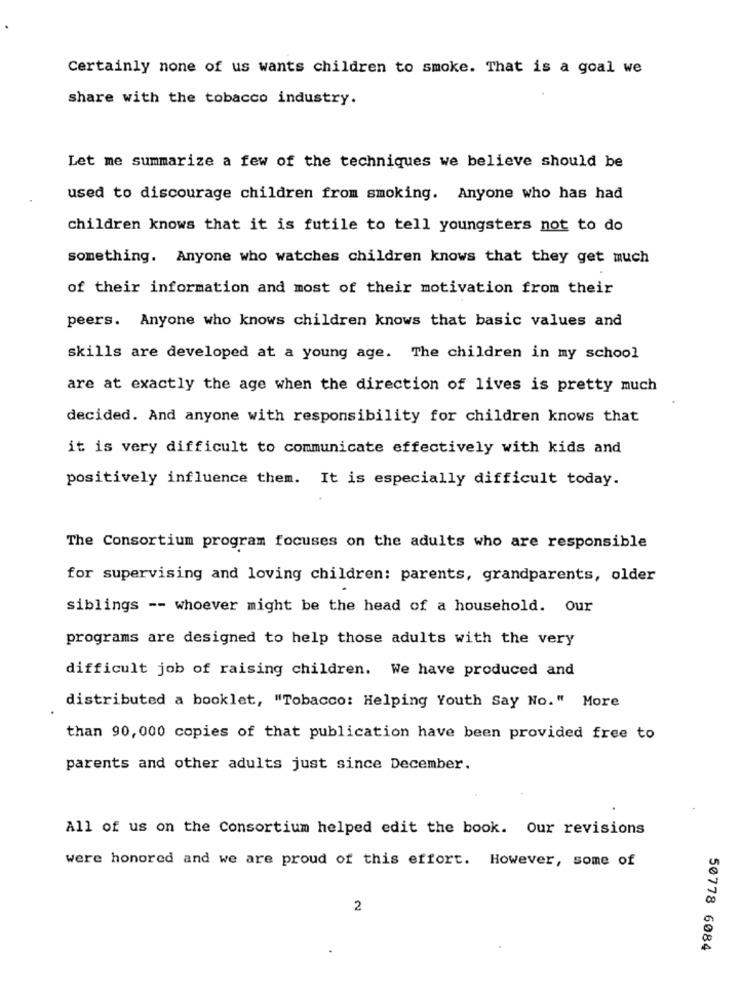
Certainly none of us wants children to smoke. That is a goal we
share with the tobacco industry.
Let me summarize a few of the techniques we believe should be
used to discourage children from smoking. Anyone who has had
children knows that it is futile to tell youngsters not to do
something. Anyone who watches children knows that they get much
of their information and most of their motivation from their
peers. Anyone who knows children knows that basic values and
skills are developed at a young age. The children in my school
are at exactly the age when the direction of lives is pretty much
decided. And anyone with responsibility for children knows that
it is very difficult to communicate effectively with kids and
positively influence them. It is especially difficult today.
The Consortium program focuses on the adults who are responsible
for supervising and loving children: parents, grandparents, older
siblings -- whoever might be the head of a household. Our
programs are designed to help those adults with the very
difficult job of raising children. We have produced and
distributed a booklet, "Tobacco: Helping Youth Say No." More
than 90, 000 copies of that publication have been provided free to
parents and other adults just since December.
All of us on the Consortium helped edit the book. Our revisions
were honored and we are proud of this effort. However, some of
2
50778 6084